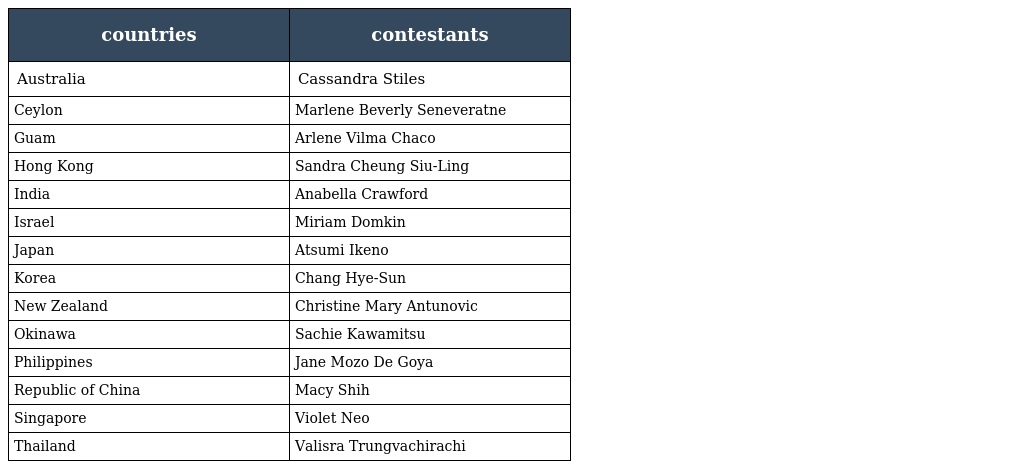
| countries | contestants |
 | --- | --- |
 | Australia | Cassandra Stiles |
 | Ceylon | Marlene Beverly Seneveratne |
 | Guam | Arlene Vilma Chaco |
 | Hong Kong | Sandra Cheung Siu-Ling |
 | India | Anabella Crawford |
 | Israel | Miriam Domkin |
 | Japan | Atsumi Ikeno |
 | Korea | Chang Hye-Sun |
 | New Zealand | Christine Mary Antunovic |
 | Okinawa | Sachie Kawamitsu |
 | Philippines | Jane Mozo De Goya |
 | Republic of China | Macy Shih |
 | Singapore | Violet Neo |
 | Thailand | Valisra Trungvachirachi |